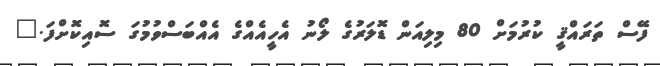
ފޭސް ތަރައްޤީ ކުރުމަށް 80 މިލިއަން ޑޮލަރުގެ ލޯނު އެހީއެއްގެ އެއްބަސްވުމުގަ ސޮއިކޮށްފަ."